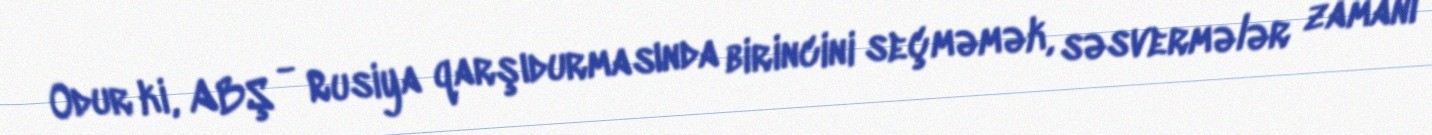
Odur ki, ABŞ - Rusiya qarşıdurmasında birincini seçməmək, səsvermələr zamanı